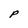
Character: P